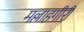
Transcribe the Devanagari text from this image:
मल्लाहगीरी